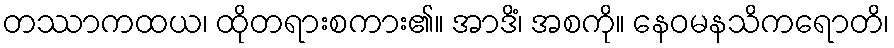
တဿာကထယ၊ ထိုတရားစကား၏။ အာဒိံ၊ အစကို။ နေဝမနသိကရောတိ၊